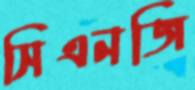
সিএনজি